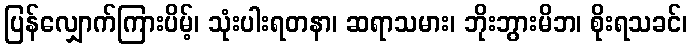
ပြန်လျှောက်ကြားပိမ့်၊ သုံးပါးရတနာ၊ ဆရာသမား၊ ဘိုးဘွားမိဘ၊ စိုးရသခင်၊